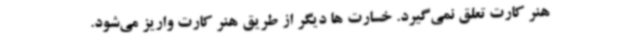
هنر کارت تعلق نمی‌گیرد. خسارت ها دیگر از طریق هنر کارت واریز می‌شود.